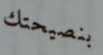
بنصيحتك